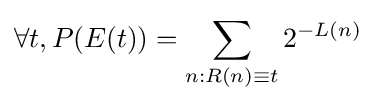
\forall t,P(E(t))=\sum _{n:R(n)\equiv t}2^{-L(n)}